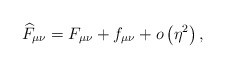
\begin{align*}\widehat{F}_{\mu \nu }=F_{\mu \nu }+f_{\mu \nu }+o\left( \eta ^{2}\right) ,\end{align*}